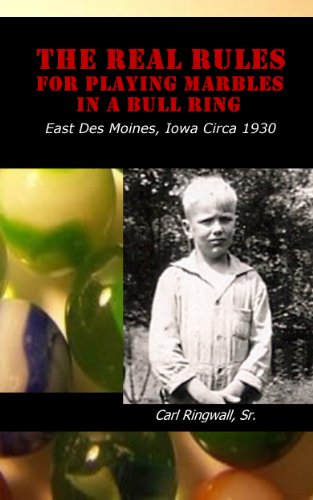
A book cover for The Real Rules For Playing Marbles In A Bull Ring, Des Moines Iowa Circa 1930; Carl Ringwall Sr.; Crafts, Hobbies & Home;